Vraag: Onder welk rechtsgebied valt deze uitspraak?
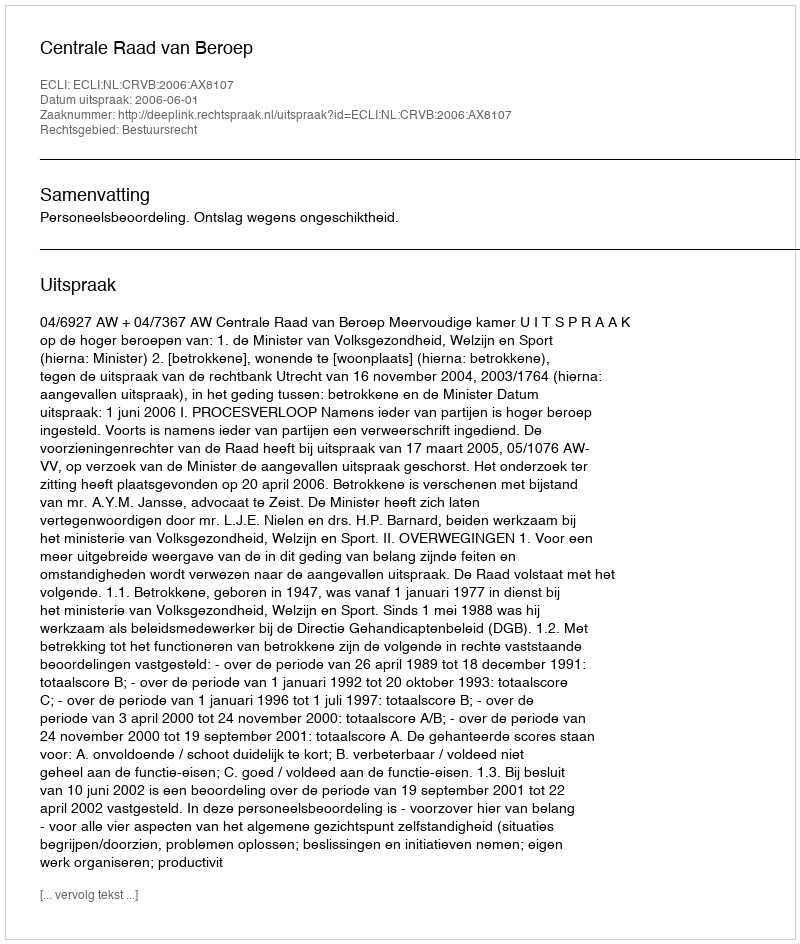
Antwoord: Bestuursrecht